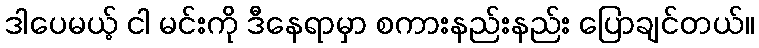
ဒါပေမယ့် ငါ မင်းကို ဒီနေရာမှာ စကားနည်းနည်း ပြောချင်တယ်။